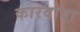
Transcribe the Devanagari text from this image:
कारदोवा